Report of the Bombay Veterinary College
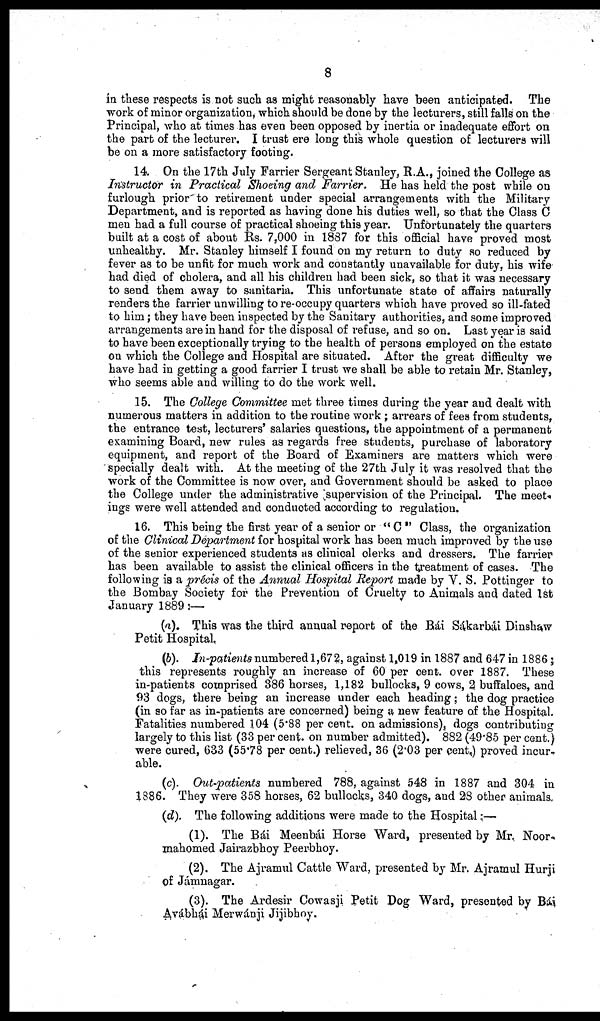
8
in these respects is not such as might reasonably have been anticipated. The
work of minor organization, which should be done by the lecturers, still falls on the
Principal, who at times has even been opposed by inertia or inadequate effort on
the part of the lecturer. I trust ere long this whole question of lecturers will
be on a more satisfactory footing.
14. On the 17th July Farrier Sergeant Stanley, R.A., joined the College as
Instructor in Practical Shoeing and Farrier. -He has held the post while on
furlough prior to retirement under special arrangements with the Military
Department, and is reported as having done his duties well, so that the Class C
men had a full course of practical shoeing this year. Unfortunately the quarters
built at a cost of about Rs. 7,000 in 1887 for this official have proved most
unhealthy. Mr. Stanley himself I found on my return to duty so reduced by
fever as to be unfit for much work and constantly unavailable for duty, his wife
had died of cholera, and all his children had been sick, so that it was necessary
to send them away to sanitaria. This unfortunate state of affairs naturally
renders the farrier unwilling to re-occupy quarters which have proved so ill-fated
to him ; they have been inspected by the Sanitary authorities, and some improved
arrangements are in hand for the disposal of refuse, and so on. Last year is said
to have been exceptionally trying to the health of persons employed on the estate
on which the College and Hospital are situated. After the great difficulty we
have had in getting a good farrier I trust we shall be able to retain Mr. Stanley,
who seems able and willing to do the work well.
15. The College Committee met three times during the year and dealt with
numerous matters in addition to the routine work ; arrears of fees from students,
the entrance test, lecturers' salaries questions, the appointment of a permanent
examining Board, new rules as regards free students, purchase of laboratory
equipment, and report of the Board of Examiners are matters which were
specially dealt with. At the meeting of the 27th July it was resolved that the
work of the Committee is now over, and Government should be asked to place
the College under the administrative supervision of the Principal. The meet¬
ings were well attended and conducted according to regulation.
16. This being the first year of a senior or " C " Class, the organization
of the Clinical Department for hospital work has been much improved by the use
of the senior experienced students as clinical clerks and dressers. The farrier
has been available to assist the clinical officers in the treatment of cases. The
following is a précis of the Annual Hospital Report made by V. S. Pottinger to
the Bombay Society for the Prevention of Cruelty to Animals and dated 1st
January 1889 :—
(a). This was the third annual report of the Bái Sákarbái Dinshaw
Petit Hospital.
(b). In-patients numbered 1,672, against 1,019 in 1887 and 647 in 1886 ;
this represents roughly an increase of 60 per cent. over 1887. These
in-patients comprised 386 horses, 1,182 bullocks, 9 cows, 2 buffaloes, and
93 dogs, there being an increase under each heading ; the dog practice
(in so far as in-patients are concerned) being a new feature of the Hospital.
Fatalities numbered 104 (5.88 per cent. on admissions), dogs contributing
largely to this list (33 per cent. on number admitted). 882 (49.85 per cent.)
were cured, 633 (55.78 per cent.) relieved, 36 (2.03 per cent.) proved incur¬
able.
(c). Out-patients numbered 788, against 548 in 1887 and 304 in
1886. They were 358 horses, 62 bullocks, 340 dogs, and 28 other animals.
(d). The following additions were made to the Hospital :—
(1). The Bái Meenbái Horse Ward, presented by Mr. Noor¬
mahomed Jairazbhoy Peerbhoy.
(2). The Ajramul Cattle Ward, presented by Mr. Ajramul Hurji
of Jámnagar.
(3). The Ardesir Cowasji Petit Dog Ward, presented by Bái
Avábhái Merwánji Jijibhoy.